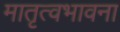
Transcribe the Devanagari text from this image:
मातृत्वभावना